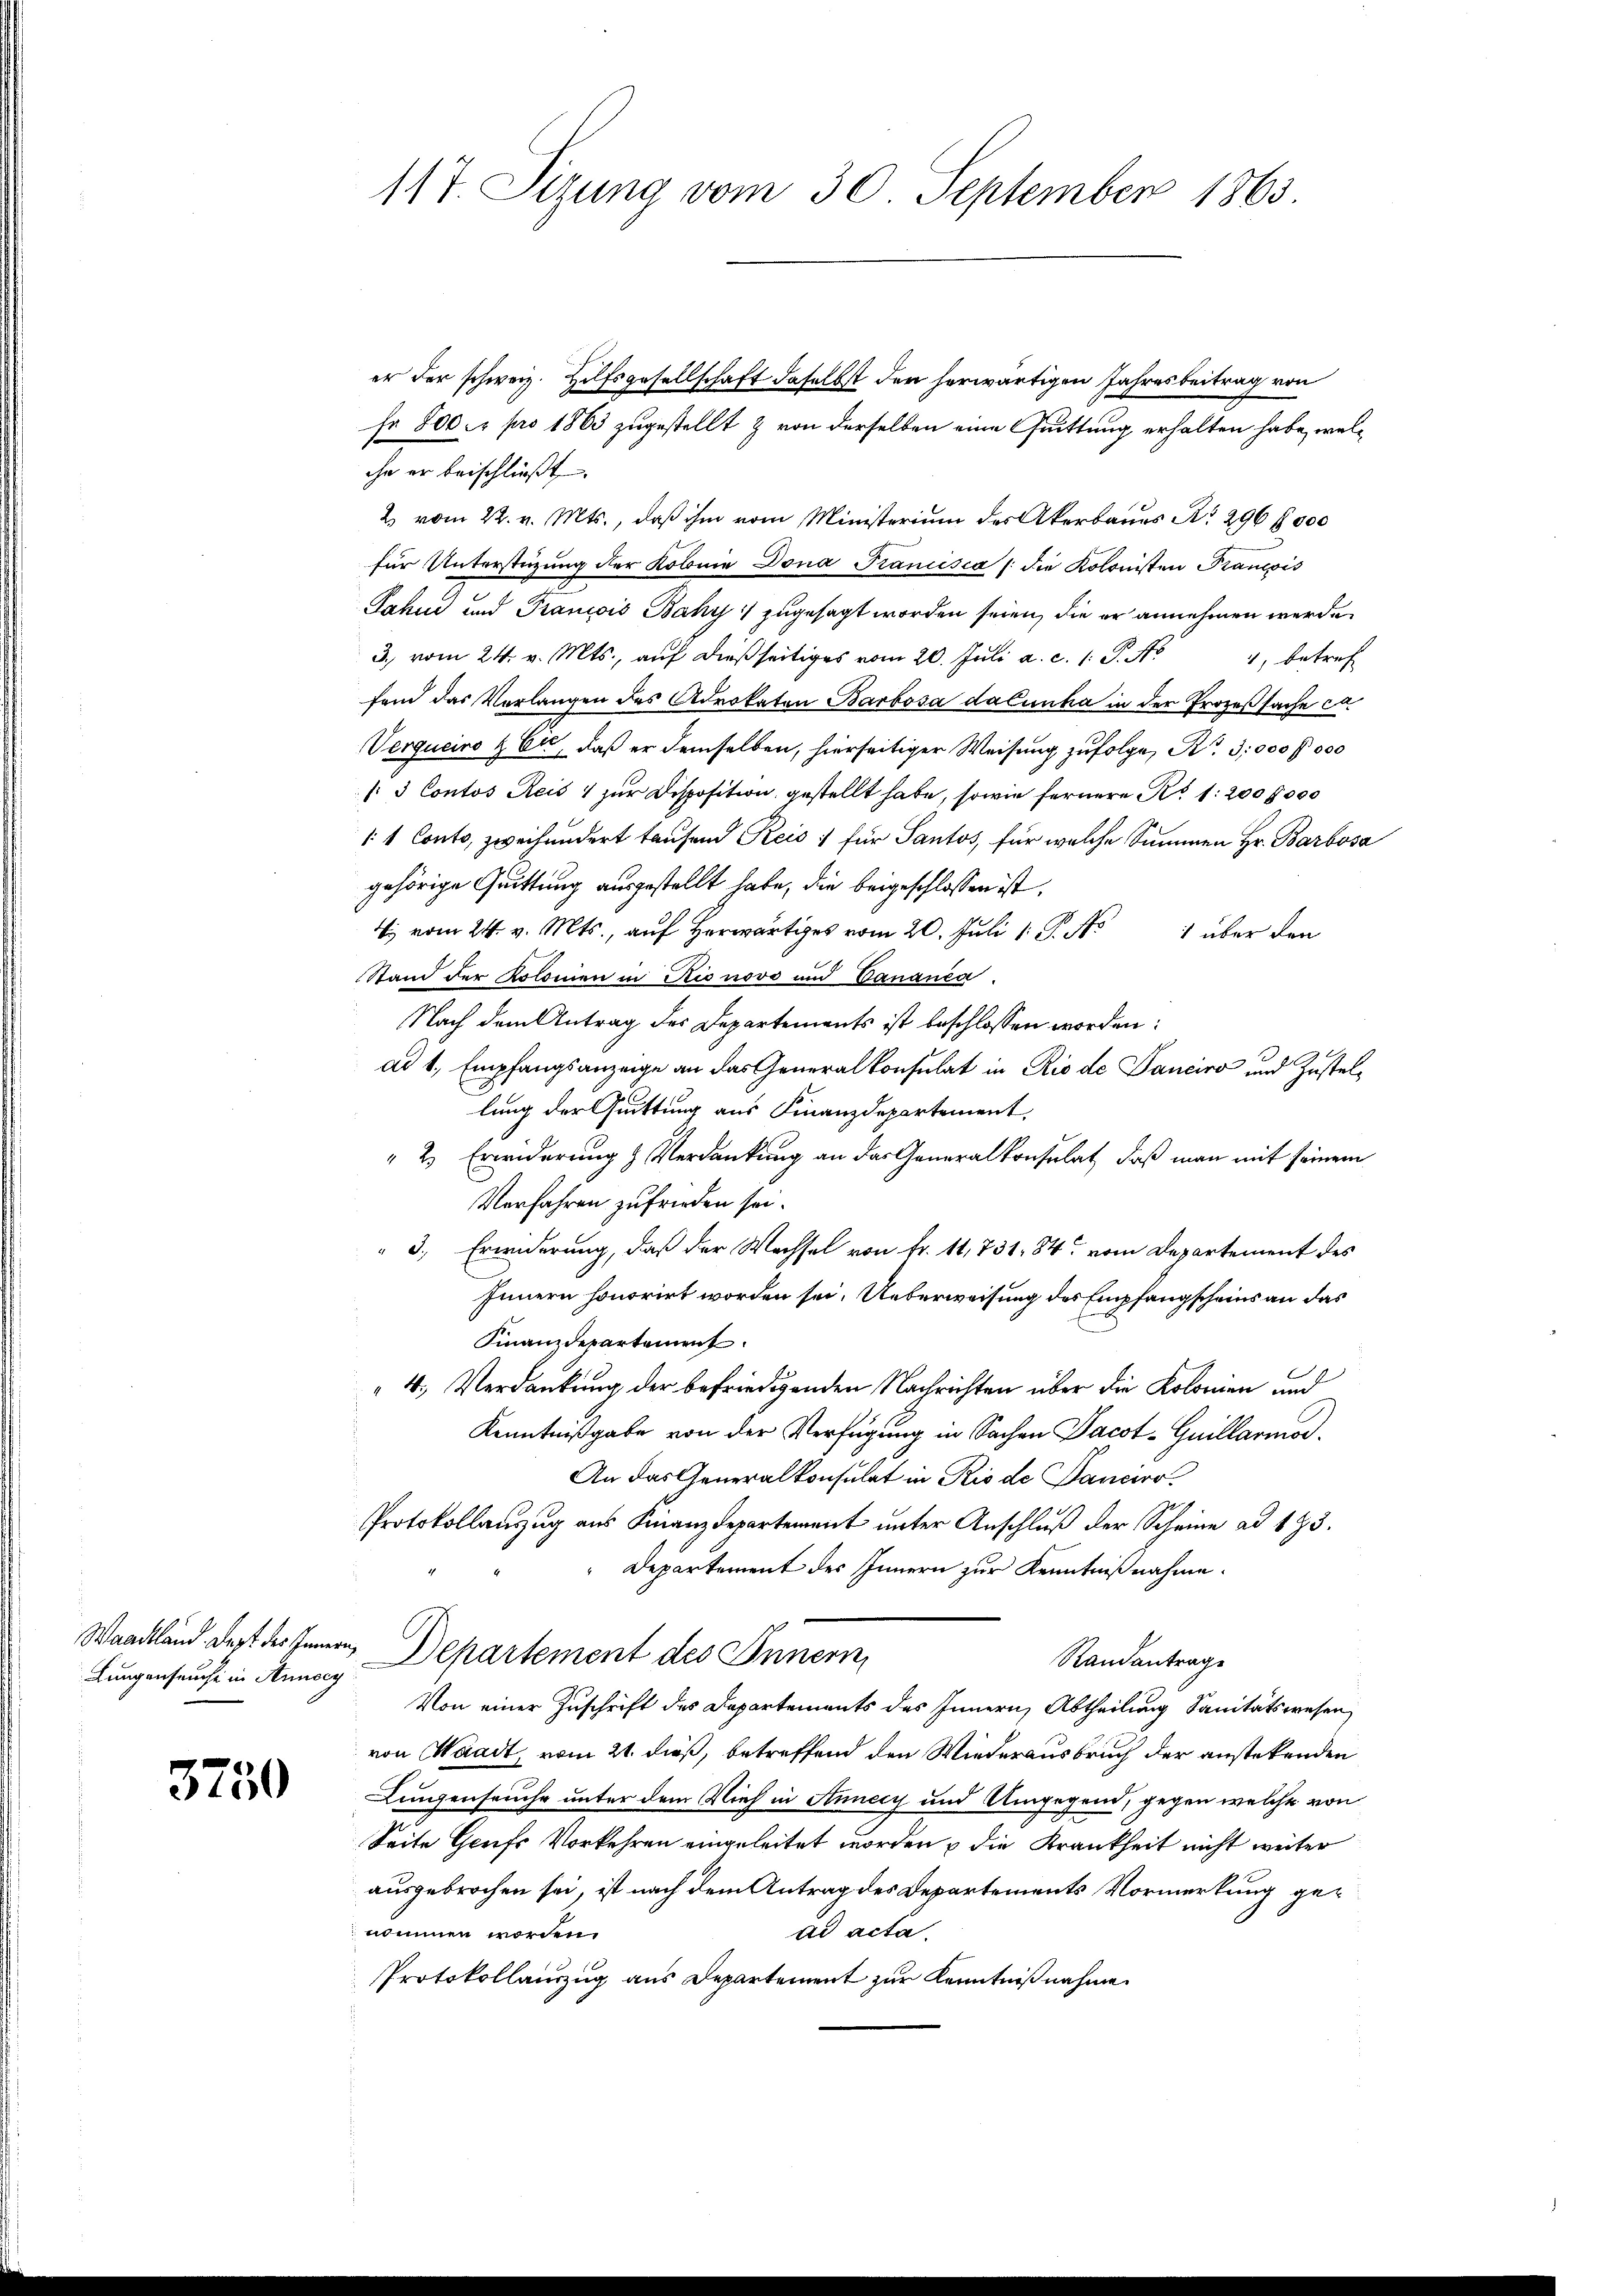
Lungenseuche in Annecy

3750

er der schweiz. Hilfsgesellschaft daselbst der herwärtigen Jahresbeitrag von
fr. 800. r pro 1863 zugestellt & von derselben eine Quittung erhalten habe, welche er beischließt
2 vom 22. v. Mts., daß ihm vom Ministerium des Akerbaues No 296 8000
für Unterstüzung der Kolina Dona Francisca /: die Kolonisten Prancois
Jahus und Trancis Bahy zugesagt worden seien, die er annehmen werde.
3. vom 24. v. Mts., aŭf dießseitiges vom 20. Jŭli a. c. 1 S. Nr. 4, betref
fand das Verlangen des Advokaten Barbosa dalunta in der Prozeßsache ca
Verqueiro & Er, daß er demselben, hierseitiger Weisung zŭfolge, Nr. 3,000 f 000
/3 Contos Reis zur Disposition gestellt habe, sowie fernere R. 1: 200,000
11 Conto, zweihundert taufend Reis :/ für Pantos, für welche Summen Hr. Barbosa
gehörige Quittung ausgestellt habe, die beigeschlossen ist,
bi vom 24. v. Mts., auf herwärtiges vom 20. Juli 1. P. f
1 über den
Stand der Kolomen in Rionovo und Vananea.
Nach dem Antrag des Departements ist beschlossen worden:
ad 1, Empfangsanzeige an das Generalkonsulat in Rio de Panciro und Zustellung der Quittung aus Finanzdepartement,
 2) Erwiderung & Verdankung an das Generalkonsulat, daß man mit seinem
Verfahren zufrieden sei.
 3., Erwiderung, daß der Wachsel von Fr. 141, 731. 84. vom Departement des
Innern honorirt worden sei. Ueberweisung des Empfangscheins an das
Finanzdepartement
4. Verdankung der befriedigenden Nachrichten über die Kolonien und
Kenntnißgabe von der Verfügung in Sachen Jacot-Guillarmor¬
An das Generalkonsulat in Rio de Sancier¬
Protokollauszug aus Finanzdepartement unter Anschluß der Scheine ad 173.
Departement des Innern zur Kenntnißnahme.
Waadtland dest des Innern, Departement des Innern,
Randantrage
Von einer Zuschrift des Departements des Innern, Abtheilung Sanitätswesen
von Waadt, vom 21. dieß, betreffend den Wiederausbruch der anstehenden
Lungenseuche unter dem Vieh in Annecy und Umgegend, gegen welche von
Seite Grufs Vorkehren eingeleitet worden & die Krankheit nicht weiter
ausgebrochen sei, ist nach dem Antrag des Departements Vormerkung gead acta.
nommen worden.
Protokollauszug aus Departement zur Kenntnißnahme.

117. Sizung vom 30. September 1863.